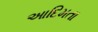
આદિમતા